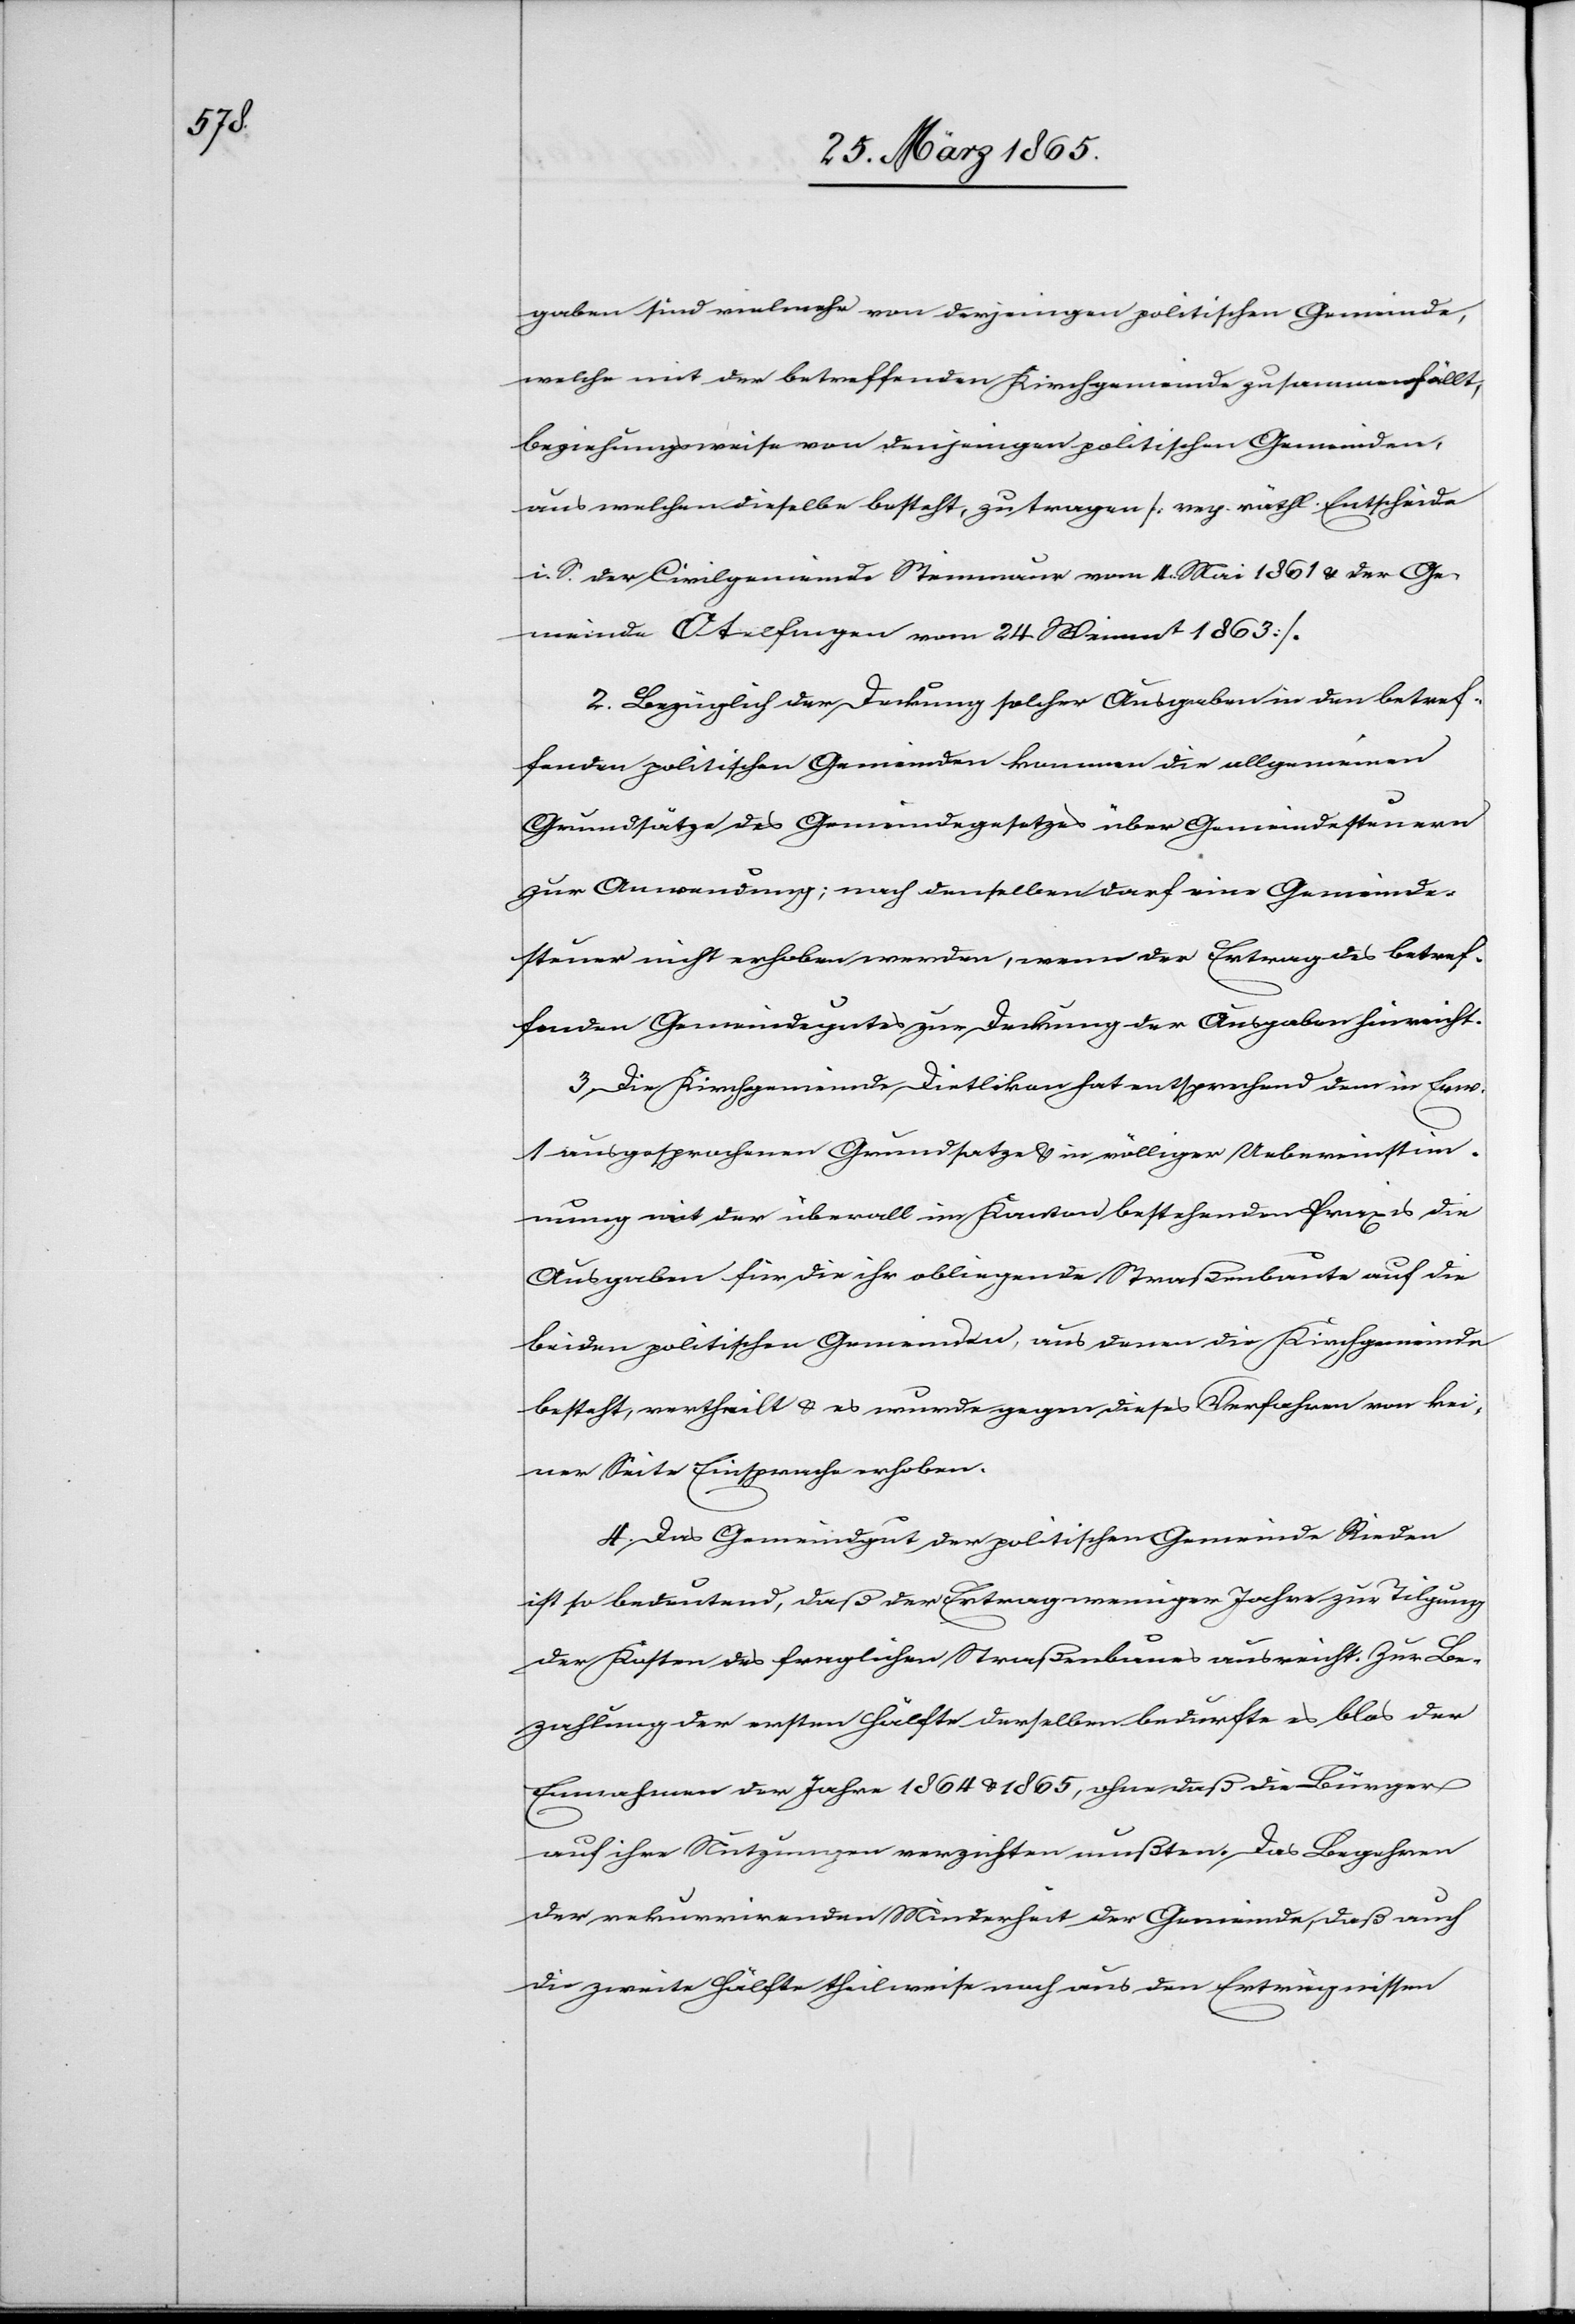
gaben sind vielmehr von derjenigen politischen Gemeinde,
welche mit der betreffenden Kirchgemeinde zusammenfällt,
beziehungsweise von denjenigen politischen Gemeinden,
aus welchen dieselbe besteht, zu tragen [reg. räthl. Entscheide
i. S. der Civilgemeinde Steinmaur vom 4. Mai 1861 & der Ge¬
meinde Otelfingen vom 24. Weinmt 1863].
2. Bezüglich der Deckung solcher Ausgaben in den betref¬
fenden politischen Gemeinden kommen die allgemeinen
Grundsätze des Gemeindegesetzes über Gemeindesteuern
zur Anwendung; nach denselben darf eine Gemeinde¬
steuer nicht erhoben werden, wenn der Ertrag des betref¬
fenden Gemeindegutes zur Deckung der Ausgaben hinreicht.
3. Die Kirchgemeinde Dietlikon hat entsprechend dem in Erw.
1 ausgesprochenen Grundsatze & in völliger Uebereinstim¬
mung mit der überall im Kanton bestehenden Praxis die
Ausgaben für die ihr obliegende Straßenbaute auf die
beiden politischen Gemeinden, aus denen die Kirchgemeinde
besteht, vertheilt & es wurde gegen dieses Verfahren von kei¬
ner Seite Einsprache erhoben.
4. Das Gemeindgut der politischen Gemeinde Rieden
ist so bedeutend, daß der Ertrag weniger Jahre zur Tilgung
der Kosten des fraglichen Straßenbaues ausreicht. Zur Be¬
zahlung der ersten Hälfte derselben bedurfte es blos der
Einnahmen der Jahre 1864 & 1865, ohne daß die Bürger
auf ihre Nutzungen verzichten mußten. Das Begehren
der rekurrirenden Minderheit der Gemeinde, daß auch
die zweite Hälfte theilweise noch aus den Erträgnissen